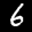
Label: 6